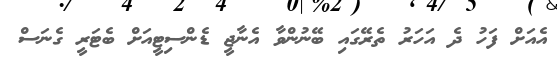
އެއަށް ފަހު ދެ އަހަރު ތެރޭގައި ބޭނުންވާ އެނާޖީ ޑެންސިޓީއަށް ބެޓަރީ ގެނަސް